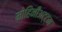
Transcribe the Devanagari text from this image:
मोहिनीअट्ट्म